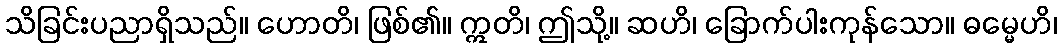
သိခြင်းပညာရှိသည်။ ဟောတိ၊ ဖြစ်၏။ ဣတိ၊ ဤသို့။ ဆဟိ၊ ခြောက်ပါးကုန်သော။ ဓမ္မေဟိ၊